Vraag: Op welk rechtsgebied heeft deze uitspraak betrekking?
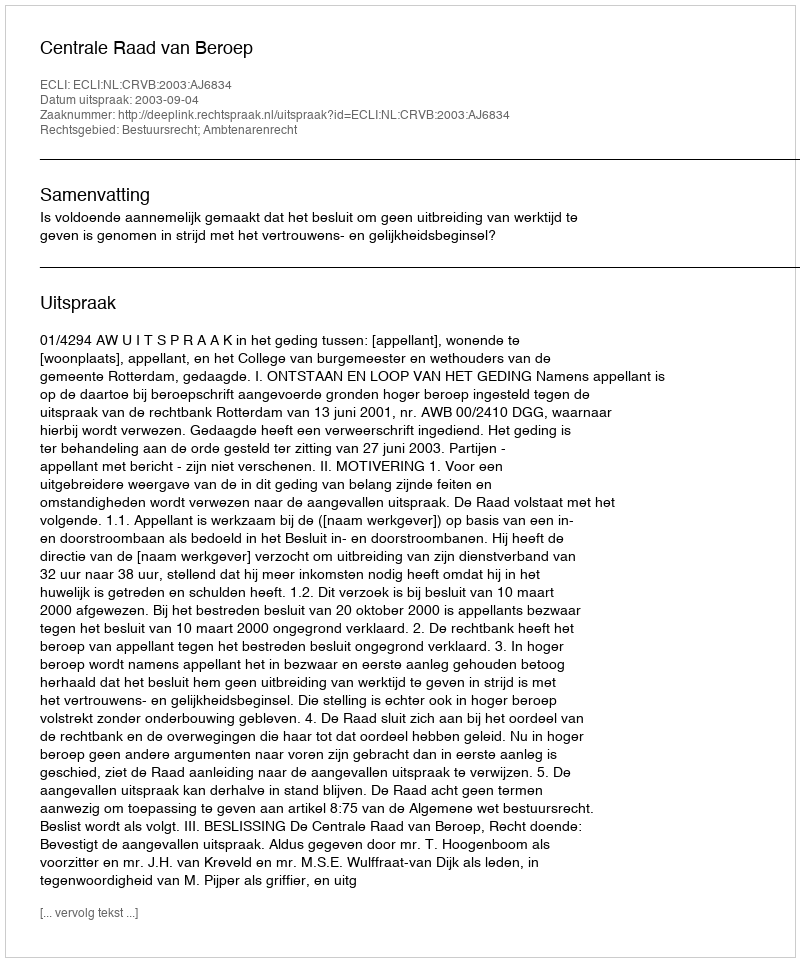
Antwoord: Bestuursrecht; Ambtenarenrecht